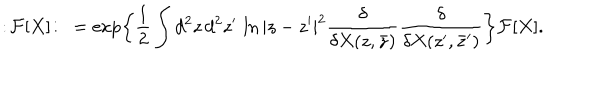
LaTeX: : \! { \cal F } [ X ] \! : \ = \exp \biggl \{ \frac { 1 } { 2 } \int d ^ { 2 } z \, d ^ { 2 } z ^ { \prime } \, \ln | z - z ^ { \prime } | ^ { 2 } \frac { \delta } { \delta X ( z , \bar { z } ) } \frac { \delta } { \delta X ( z ^ { \prime } , \bar { z } ^ { \prime } ) } \biggr \} { \cal F } [ X ] .